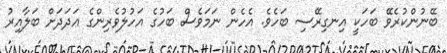
ބޭނުންކުރެވޭ ބަހަކީ އިނގިރޭސި ބަހެވެ. އެހެން ނަމަވެސް ބަހުގެ އަހުލުވެރިންގެ ޢަދަދަށް ބަލާއިރު